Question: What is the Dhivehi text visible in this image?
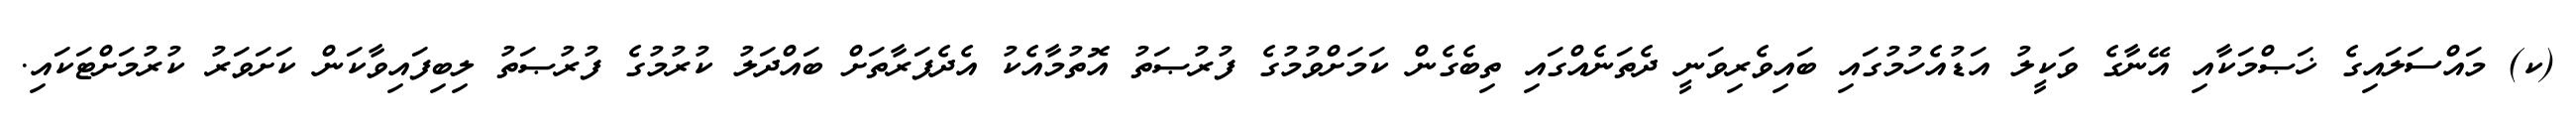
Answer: (ކ) މައްސަލައިގެ ޚަޞްމަކާއި އޭނާގެ ވަކީލު އަޑުއެހުމުގައި ބައިވެރިވަނީ ދެތަނެއްގައި ތިބެގެން ކަމަށްވުމުގެ ފުރުޞަތު އޮތުމާއެކު އެދެފަރާތަށް ބައްދަލު ކުރުމުގެ ފުރުޞަތު ލިބިފައިވާކަން ކަށަވަރު ކުރުމަށްޓަކައި.